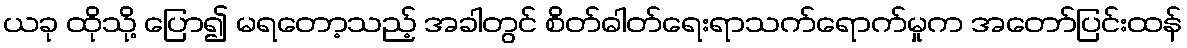
ယခု ထိုသို့ ပြော၍ မရတော့သည့် အခါတွင် စိတ်ဓါတ်ရေးရာသက်ရောက်မှုက အတော်ပြင်းထန်